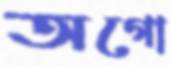
অগো